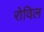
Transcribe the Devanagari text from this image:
रोविल